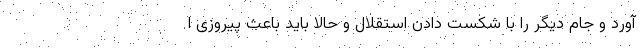
آورد و جام دیگر را با شکست دادن استقلال و حالا باید باعث پیروزی ا